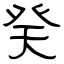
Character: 癸